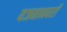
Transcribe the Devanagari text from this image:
यजमानघरी